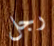
رجل